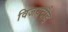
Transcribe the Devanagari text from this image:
विजयदौड